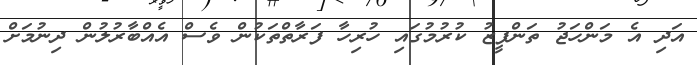
އަދި އެ މަންހަޖު ތަންފީޒު ކުރުމުގައި ހުރިހާ ފަރާތްތަަކުން ވެސް އެއްބާރުލުން ދިނުމަށް